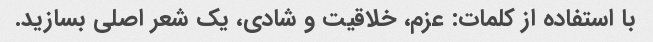
با استفاده از کلمات: عزم، خلاقیت و شادی، یک شعر اصلی بسازید.